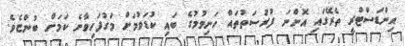
އިންޑަސްޓްރީ ތެރޭގައި އޮންނަ ފުރުސަތުތައް ހަނިވުމުގެ ބައި ކުޑަވުމަށް މަގުފަހިވާނެ ކަމަށް ބުންޏެވެ.